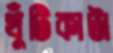
খুঁটিকাটা